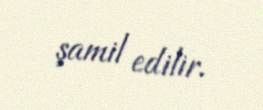
şamil edilir.